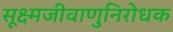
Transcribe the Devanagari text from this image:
सूक्ष्मजीवाणुनिरोधक